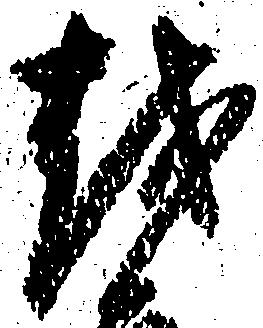
越